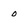
Character: o